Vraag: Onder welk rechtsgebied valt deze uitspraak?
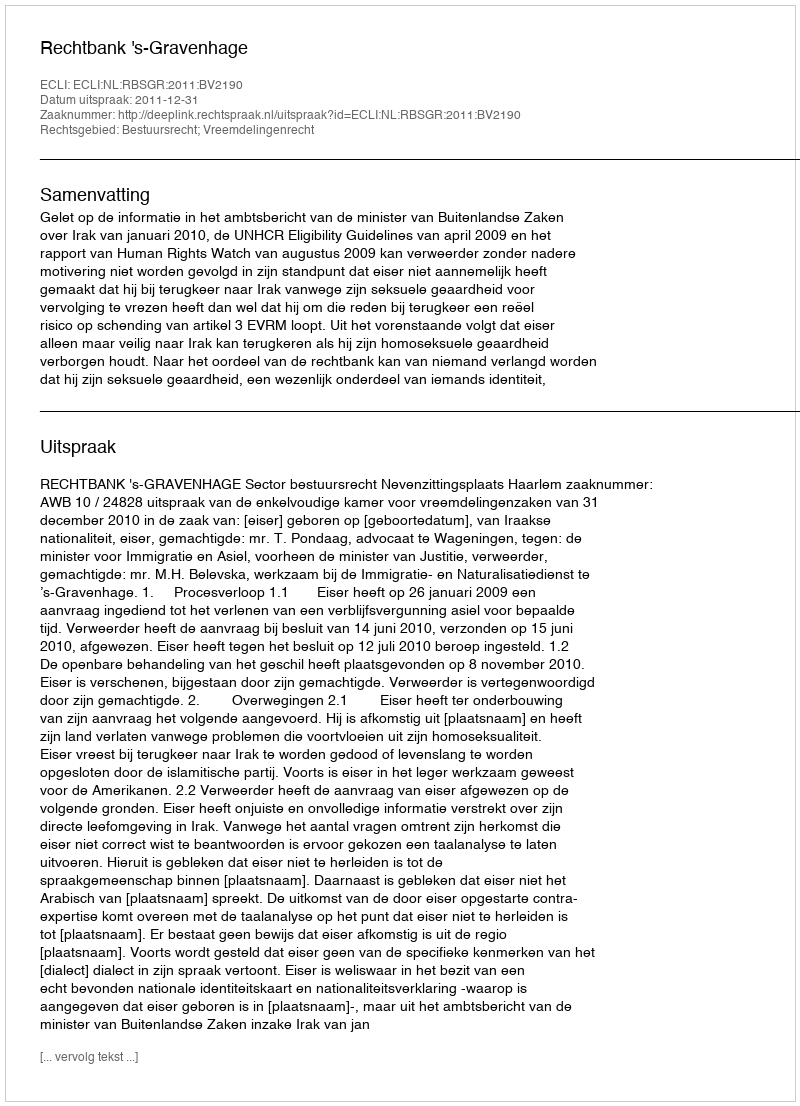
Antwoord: Bestuursrecht; Vreemdelingenrecht